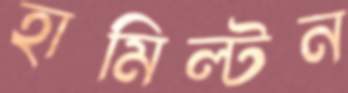
হামিল্টন